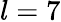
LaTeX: l=7